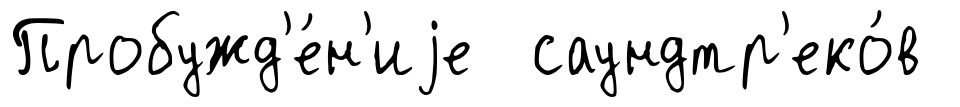
Пробужд'е́н'иjе саундтр'еко́в